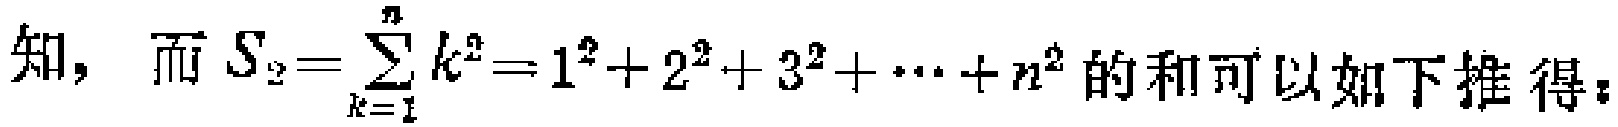
知，而 \(S_{2}=\sum_{k = 1}^{n}k^{2}=1^{2}+2^{2}+3^{2}+\cdots +n^{2}\) 的和可以如下推得：